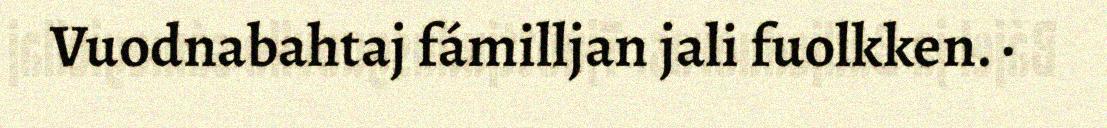
Vuodnabahtaj fámilljan jali fuolkken. ·